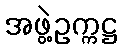
အဖွဲ့ဥက္ကဋ္ဌ